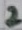
Text: 2